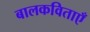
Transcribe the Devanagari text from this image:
बालकविताएँ